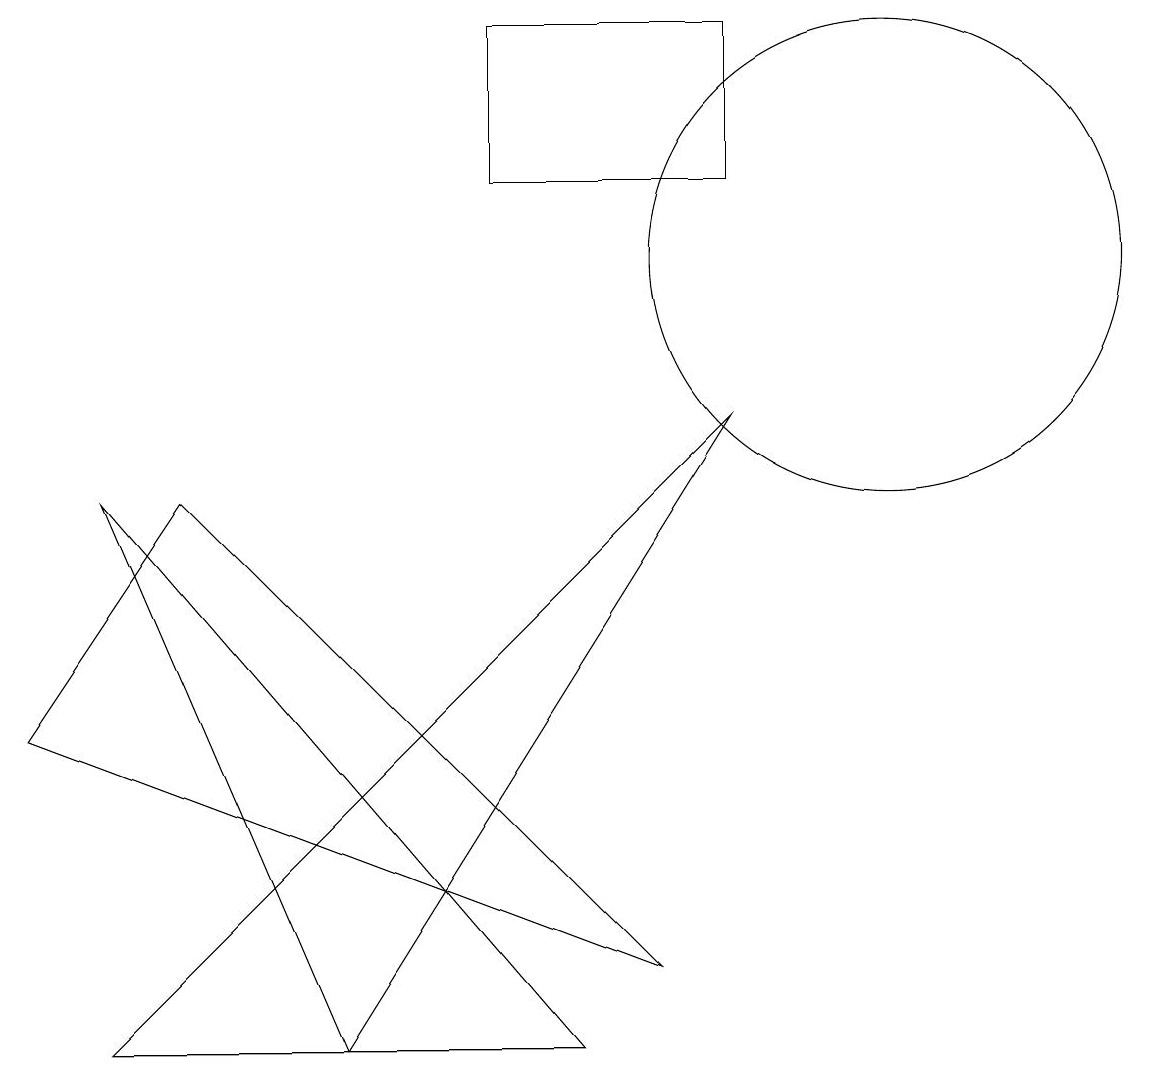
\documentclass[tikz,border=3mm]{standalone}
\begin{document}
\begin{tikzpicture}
\draw (11,10) circle (3);
\draw (4,0) -- (9,8) -- (1,0) -- cycle;
\draw (9,13) rectangle (6,11);
\draw (4,0) -- (7,0) -- (1,7) -- cycle;
\draw (8,1) -- (0,4) -- (2,7) -- cycle;
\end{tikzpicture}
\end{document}